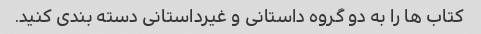
کتاب ها را به دو گروه داستانی و غیرداستانی دسته بندی کنید.